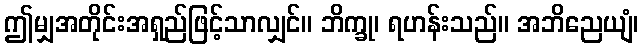
ဤမျှအတိုင်းအရှည်ဖြင့်သာလျှင်။ ဘိက္ခု၊ ရဟန်းသည်။ အဘိညေယျံ၊